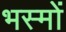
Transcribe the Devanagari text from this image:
भस्मों